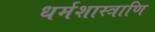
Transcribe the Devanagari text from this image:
धर्मशास्त्राणि